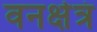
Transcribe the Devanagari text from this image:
वनक्षेत्रं